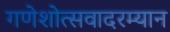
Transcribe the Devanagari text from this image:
गणेशोत्सवादरम्यान